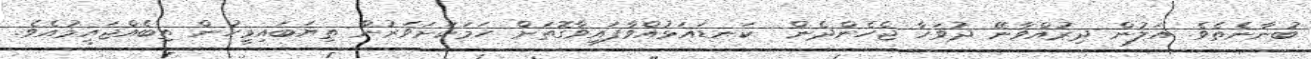
ބުނާނެތެވެ. އަލުން ދިރުއްވާނޭ ދުވަހާ ޖެހެންދެން  ކަނޑައަޅުއްވާފައިވާގޮތަށް ހަމަކަށަވަރުން ތިޔަބައިމީހުން ތިބެއްޖައީމުއެވެ.